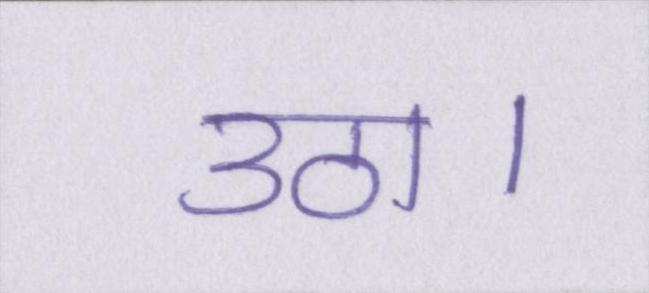
उठा।